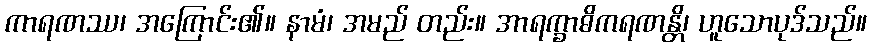
ကာရဏဿ၊ အကြောင်း၏။ နာမံ၊ အမည် တည်း။ အာရက္ခာဓိကရဏန္တိ၊ ဟူသောပုဒ်သည်။